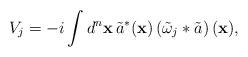
LaTeX: \begin{align*}V_j= -i\int d^n \mathbf{x} \, \tilde{a}^*(\mathbf{x}) \left(\tilde{\omega}_j\ast\tilde{a}\right) (\mathbf{x} ),\end{align*}